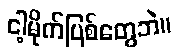
ငါ့မိုက်ပြစ်တွေဘဲ။